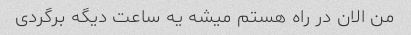
من الان در راه هستم میشه یه ساعت دیگه برگردی